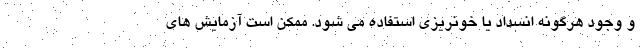
و وجود هرگونه انسداد یا خونریزی استفاده می شود. ممکن است آزمایش های